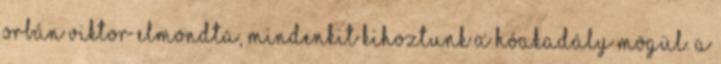
Orbán Viktor elmondta, mindenkit kihoztunk a hóakadály mögül. A